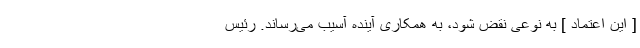
[ این اعتماد ] به نوعی نقض شود، به همکاری آینده آسیب می‌رساند. رئیس